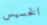
الخسيس